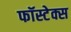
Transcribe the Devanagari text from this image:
फॉस्टेक्स